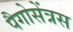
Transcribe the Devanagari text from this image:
पैगोसेंत्रस